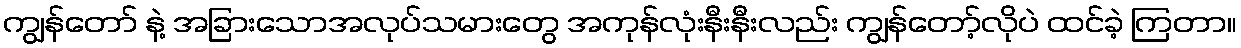
ကျွန်တော် နဲ့ အခြားသောအလုပ်သမားတွေ အကုန်လုံးနီးနီးလည်း ကျွန်တော့်လိုပဲ ထင်ခဲ့ ကြတာ။